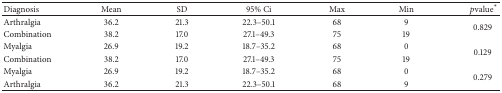
<table><thead><tr><td><b>Diagnosis</b></td><td><b>Mean</b></td><td><b>SD</b></td><td><b>95% Ci</b></td><td><b>Max</b></td><td><b>Min</b></td><td><b> <i>p</i>value<sup><i>∗</i></sup></b></td></tr></thead><tbody><tr><td>Arthralgia</td><td>36.2</td><td>21.3</td><td>22.3–50.1</td><td>68</td><td>9</td><td rowspan="2">0.829</td></tr><tr><td>Combination</td><td>38.2</td><td>17.0</td><td>27.1–49.3</td><td>75</td><td>19</td></tr><tr><td>Myalgia</td><td>26.9</td><td>19.2</td><td>18.7–35.2</td><td>68</td><td>0</td><td rowspan="2">0.129</td></tr><tr><td>Combination</td><td>38.2</td><td>17.0</td><td>27.1–49.3</td><td>75</td><td>19</td></tr><tr><td>Myalgia</td><td>26.9</td><td>19.2</td><td>18.7–35.2</td><td>68</td><td>0</td><td rowspan="2">0.279</td></tr><tr><td>Arthralgia</td><td>36.2</td><td>21.3</td><td>22.3–50.1</td><td>68</td><td>9</td></tr></tbody></table>